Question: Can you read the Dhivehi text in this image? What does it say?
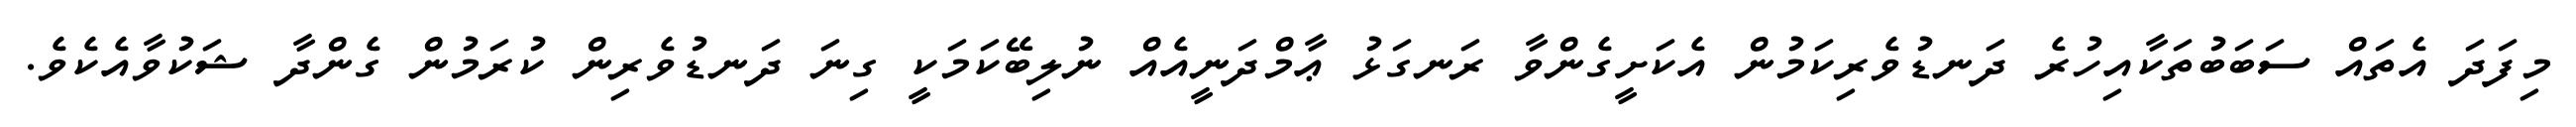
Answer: މިފަދަ އެތައް ސަބަބުތަކާއިހުރެ ދަނޑުވެރިކަމުން އެކަށީގެންވާ ރަނގަޅު ޢާމްދަނީއެއް ނުލިބޭކަމަކީ ގިނަ ދަނޑުވެރިން ކުރަމުން ގެންދާ ޝަކުވާއެކެވެ.